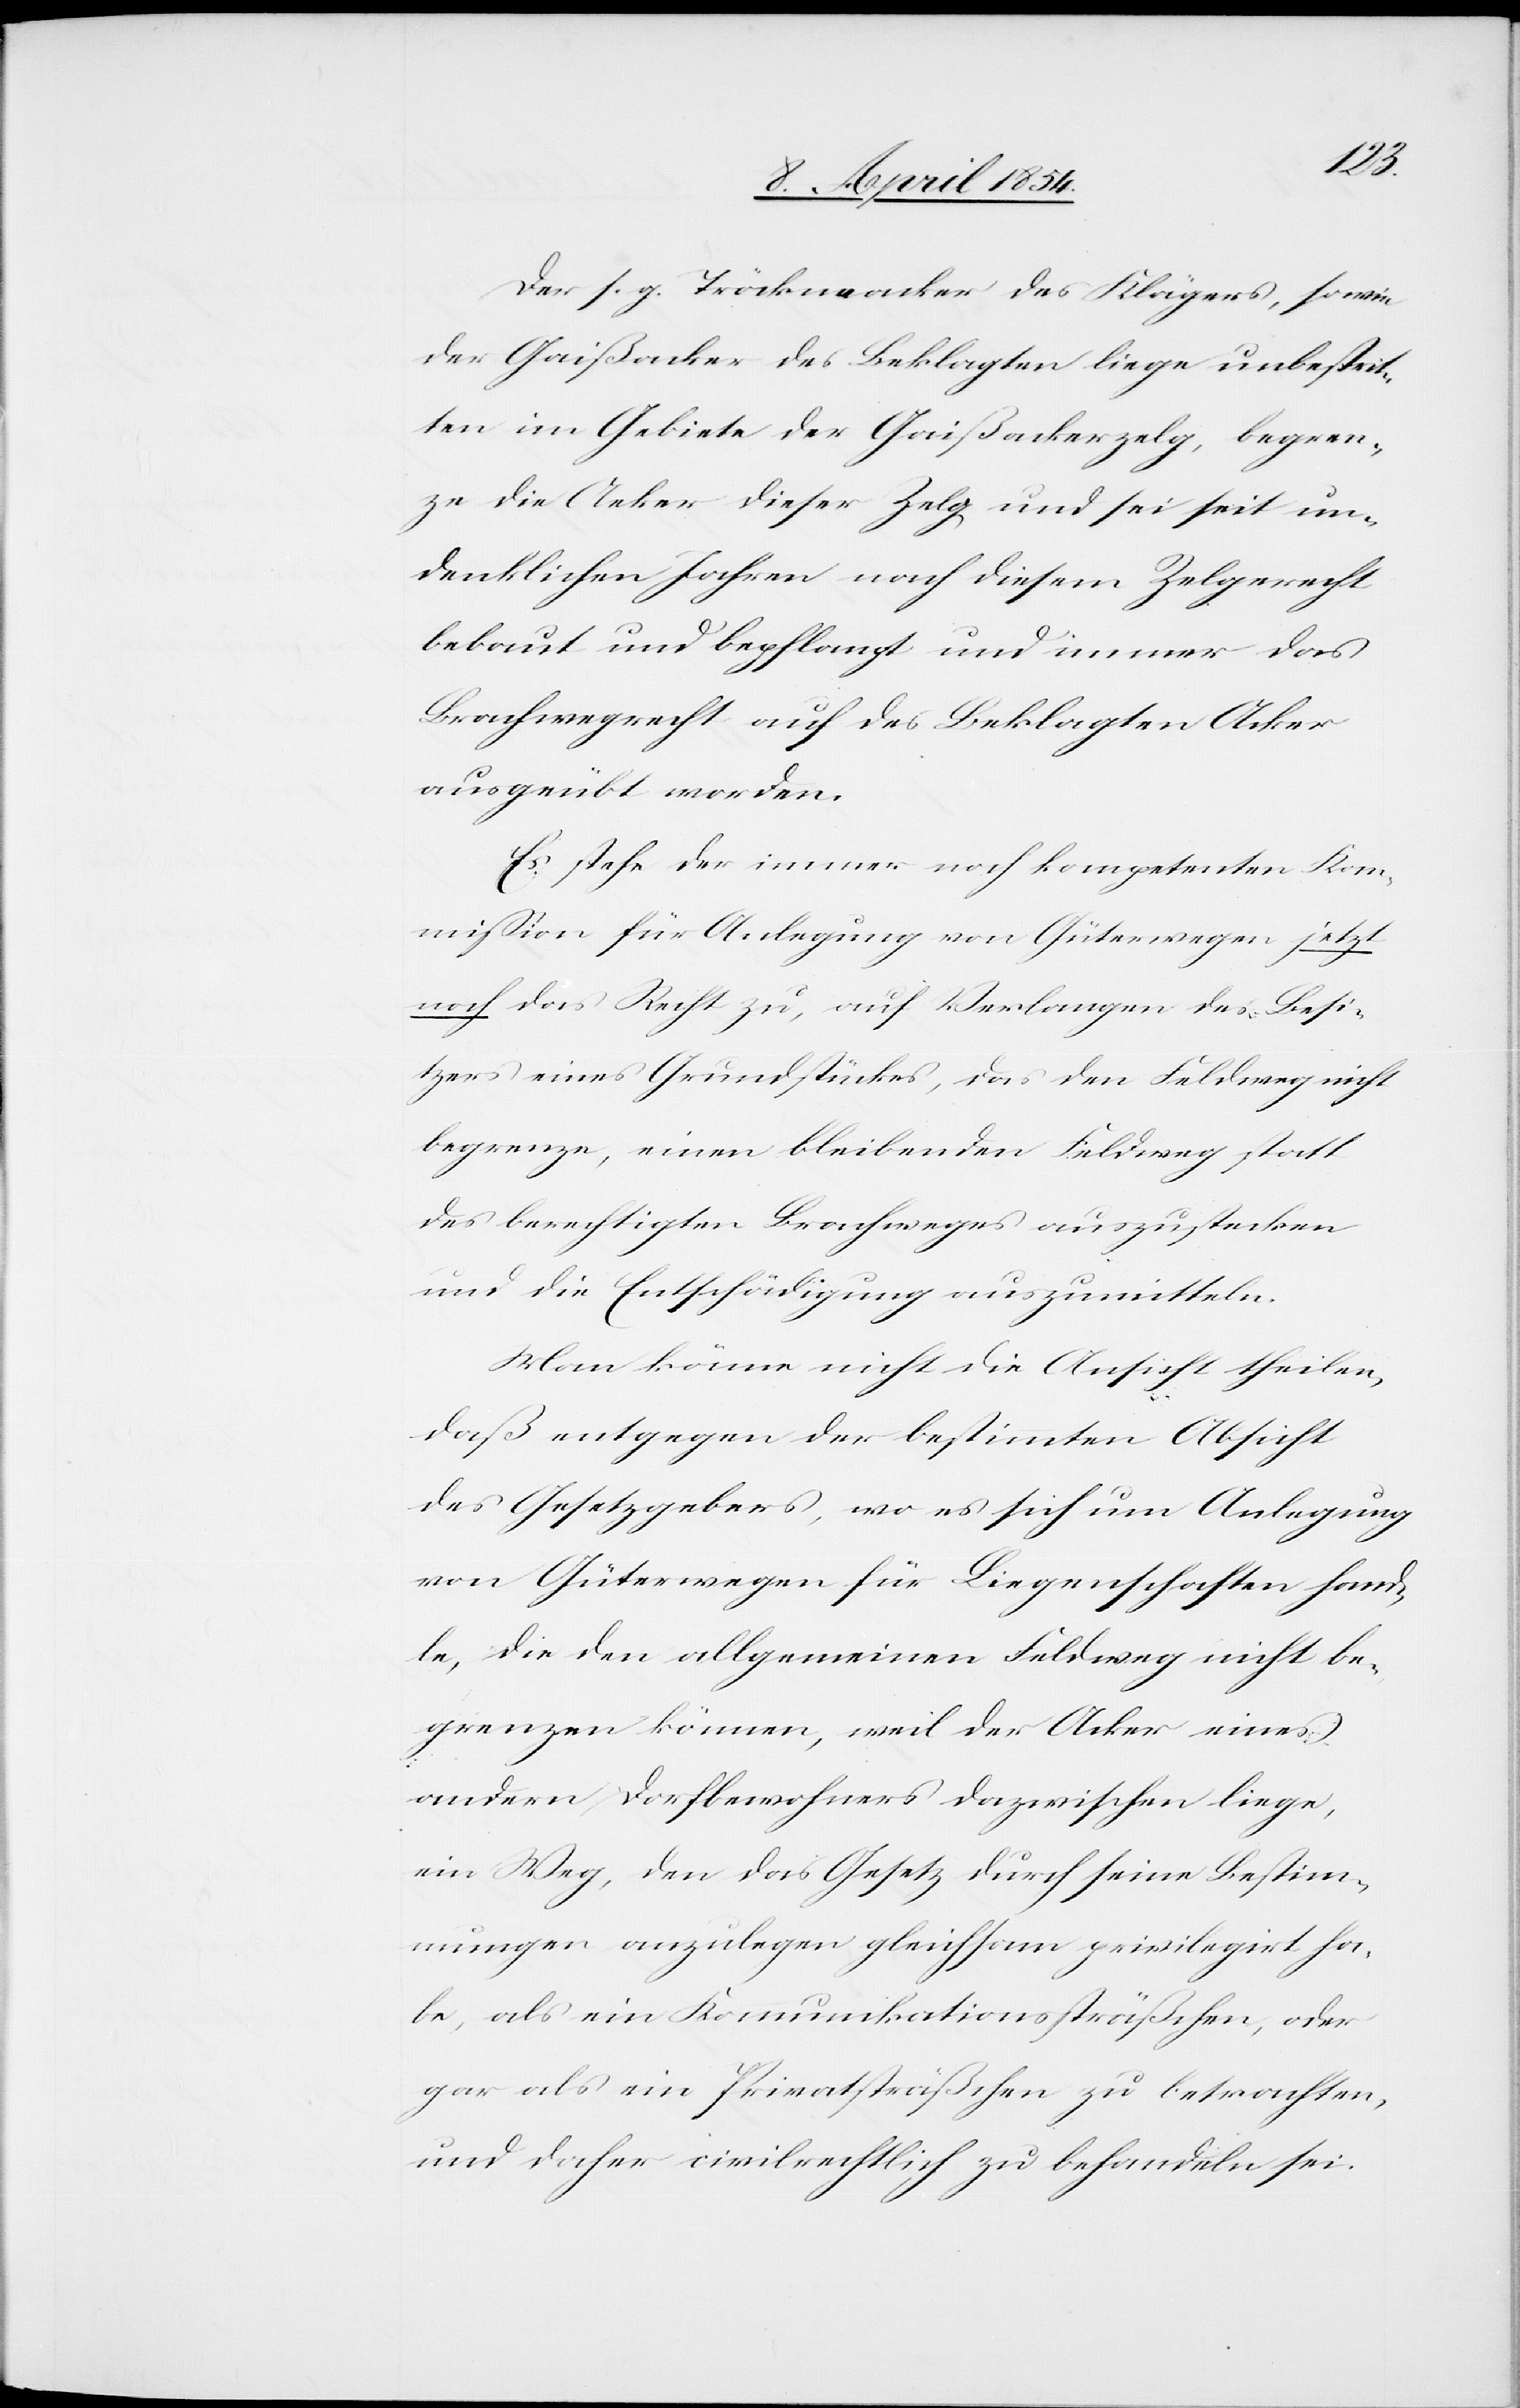
Der s. g. Tröckneacker des Klägers, sowie
der Gaißacker des Beklagten liege unbestrit¬
ten im Gebiete der Gaißackerzelg, begren¬
ze die Ae[c]ker dieser Zelg, und sei seit un¬
denklichen Jahren nach diesem Zelgerecht
bebaut und bepflanzt und immer das
Brachwegrecht auf des Beklagten Acker
ausgeübt worden.
Es stehe der immer noch kompetenten Kom¬
mißion für Anlegung von Güterwegen jetzt
noch das Recht zu, auf Verlangen des Besi¬
tzers eines Grundstückes, das den Feldweg nicht
begrenze, einen bleibenden Feldweg statt
des berechtigten Brachweges auszustecken
und die Entschädigung auszumitteln.
Man könne nicht die Ansicht theilen,
daß entgegen der bestimmten Absicht
des Gesetzgebers, wo es sich um Anlegung
von Güterwegen für Liegenschaften hand¬
le, die den allgemeinen Feldweg nicht be¬
grenzen könne, weil der Acker eines
andern Dorfbewohners dazwischen liege,
ein Weg, den das Gesetz durch seine Bestim¬
mungen anzulegen gleichsam privilegirt ha¬
be, als ein Kommunikationssträßchen, oder
gar als ein Privatsträßchen zu betrachten
und daher civilrechtlich zu behandeln sei.